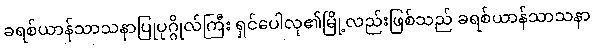
ခရစ်ယာန်သာသနာပြုပုဂ္ဂိုလ်ကြီး ရှင်ပေါလု၏မြို့လည်းဖြစ်သည် ခရစ်ယာန်သာသနာ